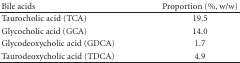
<table><thead><tr><td><b>Bile acids</b></td><td><b>Proportion (%, w/w)</b></td></tr></thead><tbody><tr><td>Taurocholic acid (TCA)</td><td>19.5</td></tr><tr><td>Glycocholic acid (GCA)</td><td>14.0</td></tr><tr><td>Glycodeoxycholic acid (GDCA)</td><td>1.7</td></tr><tr><td>Taurodeoxycholic acid (TDCA)</td><td>4.9</td></tr></tbody></table>